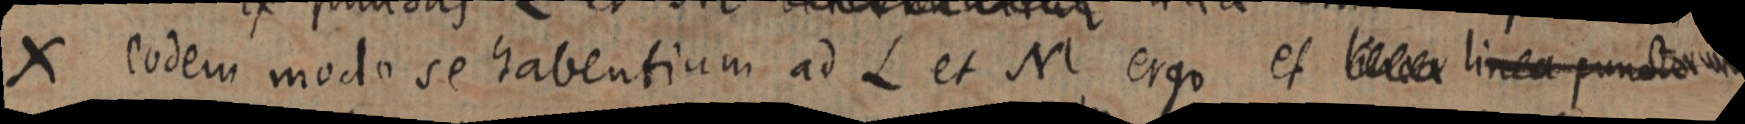
X eodem modo se habentium ad L et M ergo et _ linea punctorum